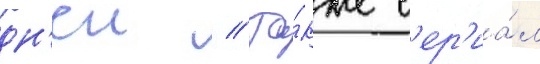
дн'еи // Та́кже с'ер'иа́л